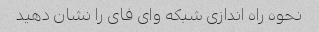
نحوه راه اندازی شبکه وای فای را نشان دهید